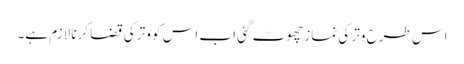
اس طرح وتر کی نماز چھوٹ گئی اب اس کو وتر کی قضا کرنا لازم ہے۔